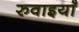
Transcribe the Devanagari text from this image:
रुवाइयाँ